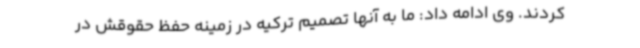
کردند. وی ادامه داد: ما به آنها تصمیم ترکیه در زمینه حفظ حقوقش در